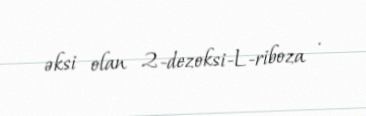
əksi olan 2-dezoksi-L-riboza .